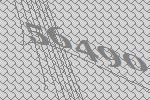
56490